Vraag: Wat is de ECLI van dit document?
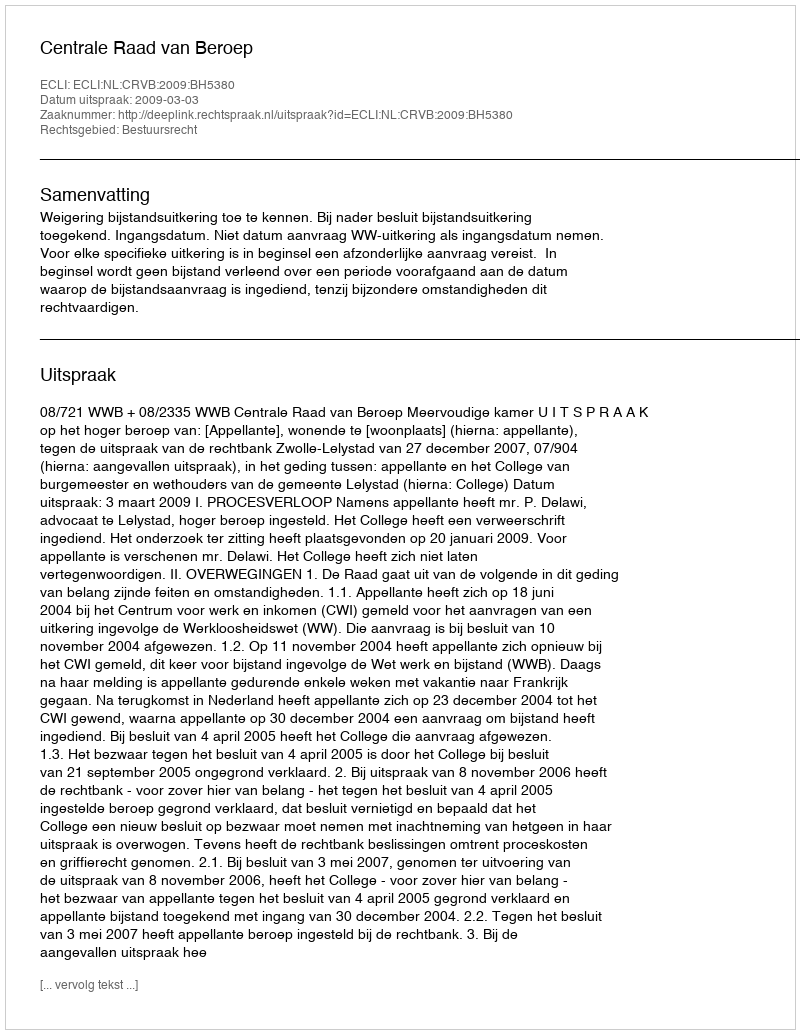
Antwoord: ECLI:NL:CRVB:2009:BH5380